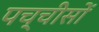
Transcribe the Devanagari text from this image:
पच्चीसों